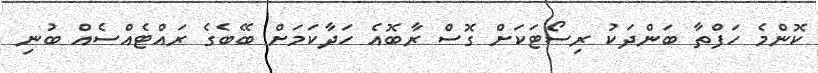
ކޮންމެ ހަފްތާ ބަންދަކު ރިސޯޓަކަށް ގޮސް ރާބޮއެ ހަދާކަމަށް ބޭބެގެ ރައްޓެއްސެއް ބުނި